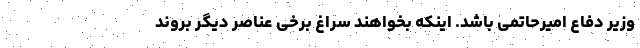
وزیر دفاع امیرحاتمی باشد. اینکه بخواهند سراغ برخی عناصر دیگر بروند